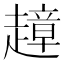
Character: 𧽣